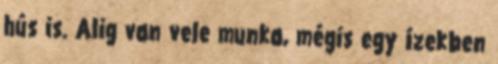
hús is. Alig van vele munka, mégis egy ízekben